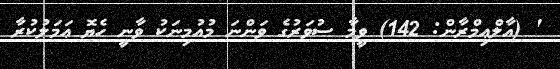
' (އާލްޢިމްރާން: 142) ވީމާ ސުވަރުގެ ވަންނަ މުއުމިނަކު ވާނީ ހެޔޮ ޢަމަލުކުރާ